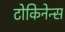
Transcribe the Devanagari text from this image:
टोकिनेन्स